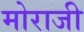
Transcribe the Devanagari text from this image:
मोराजी